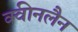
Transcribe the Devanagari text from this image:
क्वीनलैन